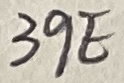
Text: 39E